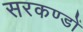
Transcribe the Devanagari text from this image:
सरकण्डों